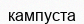
кампуста